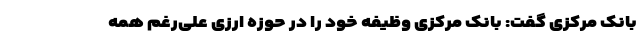
بانک مرکزی گفت: بانک مرکزی وظیفه خود را در حوزه ارزی علی‌رغم همه